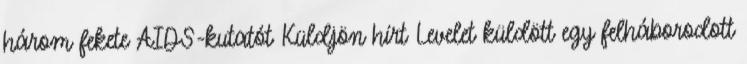
három fekete AIDS-kutatót Küldjön hírt Levelet küldött egy felháborodott